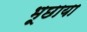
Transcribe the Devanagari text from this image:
भूछाया